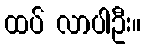
ထပ် လာပါဦး။